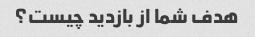
هدف شما از بازدید چیست؟